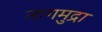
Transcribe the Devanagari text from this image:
नागमुद्रा